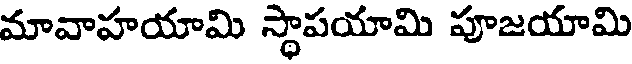
మావాహయామి స్థాపయామి పూజయామి